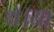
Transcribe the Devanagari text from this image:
थे।या